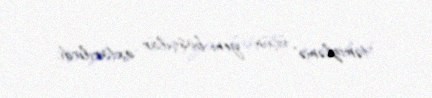
"təmizləmə" üçün yeni başçılar axtarılırdı.